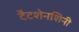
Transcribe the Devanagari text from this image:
टैटशेनशिनी